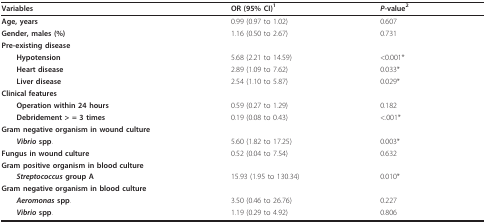
<table><thead><tr><td><b>Variables</b></td><td><b>OR (95% CI)<sup>1</sup></b></td><td><b><i>P</i>-value<sup>2</sup></b></td></tr></thead><tbody><tr><td><b>Age, years</b></td><td>0.99 (0.97 to 1.02)</td><td>0.607</td></tr><tr><td><b>Gender, males (%)</b></td><td>1.16 (0.50 to 2.67)</td><td>0.731</td></tr><tr><td><b>Pre-existing disease</b></td><td></td><td></td></tr><tr><td> <b>Hypotension</b></td><td>5.68 (2.21 to 14.59)</td><td>&lt;0.001*</td></tr><tr><td> <b>Heart disease</b></td><td>2.89 (1.09 to 7.62)</td><td>0.033*</td></tr><tr><td> <b>Liver disease</b></td><td>2.54 (1.10 to 5.87)</td><td>0.029*</td></tr><tr><td><b>Clinical features</b></td><td></td><td></td></tr><tr><td> <b>Operation within 24 hours</b></td><td>0.59 (0.27 to 1.29)</td><td>0.182</td></tr><tr><td> <b>Debridement &gt; = 3 times</b></td><td>0.19 (0.08 to 0.43)</td><td>&lt;.001*</td></tr><tr><td><b>Gram negative organism in wound culture</b></td><td></td><td></td></tr><tr><td> <b><i>Vibrio </i>spp</b>.</td><td>5.60 (1.82 to 17.25)</td><td>0.003*</td></tr><tr><td><b>Fungus in wound culture</b></td><td>0.52 (0.04 to 7.54)</td><td>0.632</td></tr><tr><td><b>Gram positive organism in blood culture</b></td><td></td><td></td></tr><tr><td> <b><i>Streptococcus </i>group A</b></td><td>15.93 (1.95 to 130.34)</td><td>0.010*</td></tr><tr><td><b>Gram negative organism in blood culture</b></td><td></td><td></td></tr><tr><td> <b><i>Aeromonas </i>spp</b>.</td><td>3.50 (0.46 to 26.76)</td><td>0.227</td></tr><tr><td> <b><i>Vibrio </i>spp</b>.</td><td>1.19 (0.29 to 4.92)</td><td>0.806</td></tr></tbody></table>